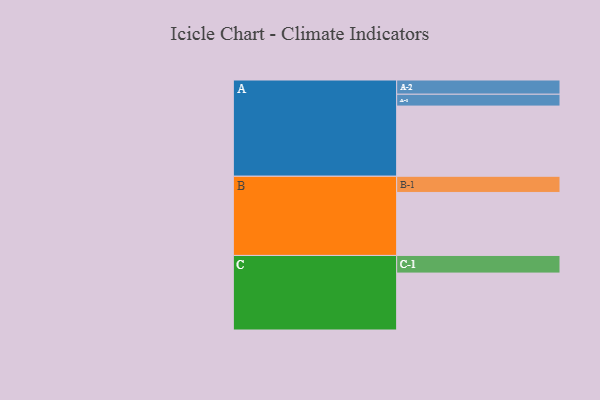
{"axis": {"x": "Segment", "y": "Value"}, "legend": ["", "A", "B", "C"], "data": [{"x": "A", "y": 498, "type": ""}, {"x": "B", "y": 447, "type": ""}, {"x": "C", "y": 404, "type": ""}, {"x": "A-1", "y": 84, "type": "A"}, {"x": "A-2", "y": 101, "type": "A"}, {"x": "B-1", "y": 115, "type": "B"}, {"x": "C-1", "y": 125, "type": "C"}]}